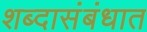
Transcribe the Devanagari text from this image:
शब्दासंबंधात